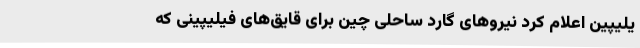
یلیپین اعلام کرد نیروهای گارد ساحلی چین برای قایق‌های فیلیپینی که